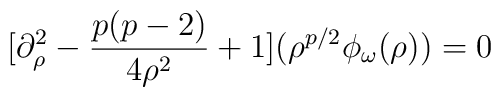
[\partial_\rho^2 -{p(p-2) \over 4 \rho^2} + 1](\rho^{p/2}\phi_\omega(\rho)) = 0